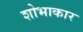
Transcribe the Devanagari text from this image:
शोभाकार